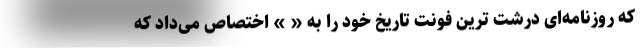
که روزنامه‌ای درشت ترین فونت تاریخ خود را به « » اختصاص می‌داد که